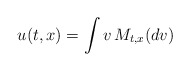
\begin{align*} u(t,x) = \int v \, M_{t,x}(dv)\end{align*}